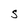
Character: S